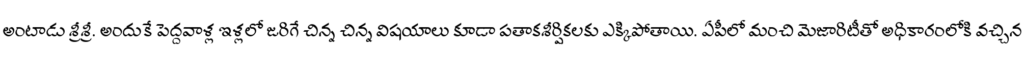
అంటాడు శ్రీశ్రీ. అందుకే పెద్దవాళ్ల ఇళ్లలో జరిగే చిన్న చిన్న విషయాలు కూడా పతాకశీర్షికలకు ఎక్కిపోతాయి. ఏపీలో మంచి మెజారిటీతో అధికారంలోకి వచ్చిన